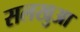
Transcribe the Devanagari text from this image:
सलखुआ